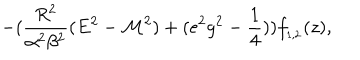
LaTeX: - ( \frac { R ^ { 2 } } { \alpha ^ { 2 } \beta ^ { 2 } } ( E ^ { 2 } - { \cal M } ^ { 2 } ) + ( e ^ { 2 } g ^ { 2 } - \frac { 1 } { 4 } ) ) f _ { _ { 1 , 2 } } ( z ) ,